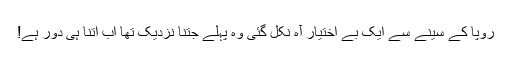
رُوپا کے سینے سے ایک بے اختیار آہ نکل گئی وہ پہلے جتنا نزدیک تھا اب اتنا ہی دُور ہے!